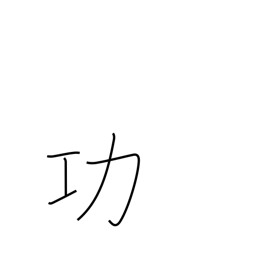
Meaning: honor